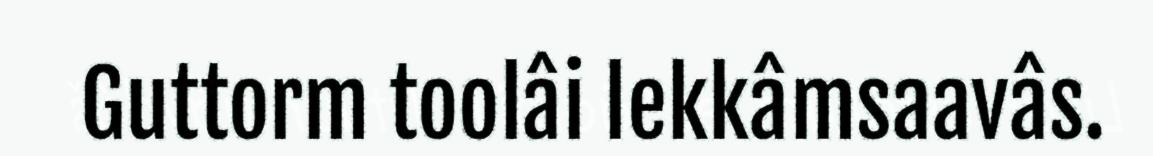
Guttorm toolâi lekkâmsaavâs.